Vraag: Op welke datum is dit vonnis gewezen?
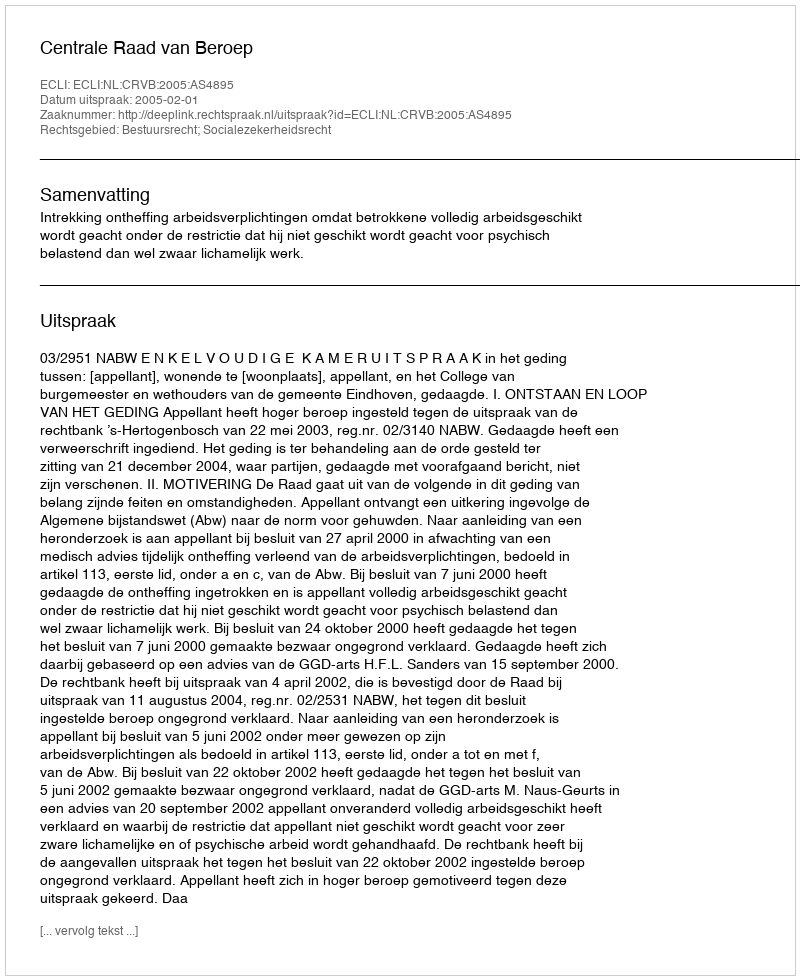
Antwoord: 2005-02-01